Vital statistics of India. Vol. IV, Annual returns from 1871 to 1876. British Army of India, Native Army and jails of Bengal
Year: 1871
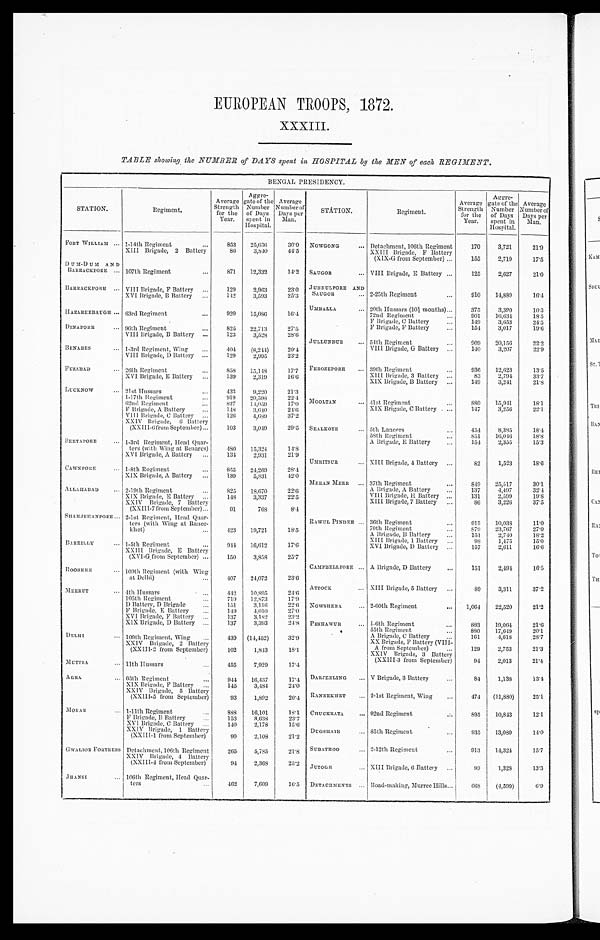
EUROPEAN TROOPS, 1872.
XXXIII.
TABLE showing the NUMBER of DAYS spent in HOSPITAL by the MEN of each REGIMENT.
BENGAL PRESIDENCY.
STATION.
R e g i m e n t .
Average
Strength
for the
Year.
Aggre-
gate of the
Number
of Days
spent in
Hospital.
Average
Number of
Days per
Man.
FORT WILLIAM ... 1-14th Regiment
...
853
25,636
3 0 . 0
XIII Brigade, 2 Battery
86
3,840
4 4 . 5
DUM-DUM AND
BA RRACKPORE . . . 107th Regiment
...
871
12,332
14.2
BARRACKPORE ... VIII Brigade, F Battery ...
129
2,963
23.0
XVI Brigade, B Battery ...
1 4 2
3,593
25.3
HAZAREEBAUGH ... 63rd Regiment
...
920 15,086
1 6 . 4
DINAPORE
... 96th Regiment ...
825 22,713
27.5
VIII Brigade, B Battery ...
123
3,528
28.6
BENARES
... 1-3rd Regiment, Wing ...
404
(8,244)
20.4
VIII Brigade, D Battery ...
129
2,995
23.2
FYZABAD ... 26th Regiment ...
858
15,148
1 7 . 7
XVI Brigade, E Battery ...
139
2,319
16.6
LUCKNOW
. . . 21st Hussars ...
433
9,220
21.3
1-17th Regiment ...
919
20,598
22.4
62nd Regiment
...
827
14,059
17.0
F Brigade, A Battery ...
148
3,640
24.6
VIII Brigade, C Battery ...
1 2 6
4,689
37.2
XXIV Brigade, 6 Battery
(XXIII-6 from September) ...
103
3 , 0 4 9
29.5
SEETAPORE
. . . 1-3rd Regiment, Head Quar-
t e r s ( w i t h W i n g a t B e n a r e s )
480
15,324
1 4 . 8
XVI Brigade, A Battery ...
134
2,931
21.9
CAWNPORE
... 1-8th Regiment
...
855 24,269
28.4
XIX Brigade, A Battery ...
139
5,831
42.0
ALLAHABAD
... 2-19th Regiment
...
825 18,670
22.6
XIX Brigade, E Battery ...
148
3,337
22.5
XXIV Brigade, 7 Battery
(XXIII-7 from September) ...
91
7 6 8
8.4
SHAHJEHANPORE ... 2-1st Regiment, Head Quar-
ters (with Wing at Rance-
khet)
...
423
19,721
18.5
BAREILLY
. . . 1-5th Regiment
...
944 16,612
17.6
XXIII Brigade,
E B a t t e r y
(XVI-G from September) ...
150
3,858
25.7
ROORKEE
. . . 109th Regiment (with Wing
at Delhi)
...
407
24,072
23.6
MEERUT
. . . 4th Hussars
...
442 10,895 ,
24.6
105th Regiment
...
719
12,873
17.9
D Battery, D Brigade
...
151
3,116
2 2 . 6
F Brigade,
E B a t t e r y
. . .
149
4,010
27.0
XVI Brigade, F Battery ...
137
3,182
23.2
XIX Brigade, D Battery ...
137
3,393
2 4 . 8
DELHI
. . . 109th Regiment, Wing ...
439 (14,452)
32.9
XXIV Brigade, 2 Bat tery
(XXIII-2 from September)
102
1,843
18.1
MUTTRA
. . . 11th Hussars
...
455
7,929
17.4
AGRA
. . . 65th Regiment
...
9 4 4
16,437
1 7 . 4
XIX Brigade, F Battery ...
145
3,484
2 4 . 0
XXIV Brigade, 5 Batt ery
(XXIII-5 from September)
93
1,892
20.4
MORAR
... 1-11th Regiment
...
888
1 6 , 1 0 1
1 8 . 1
F Brigade, B Battery . . .
153
3,633
23.7
XVI Brigade, C Battery ...
140
2,178
15.6
XXIV Brigade, 1 Battery
(XXIII-1 from September)
99
2,108
21.2
GWALIOR FORTRESS Detachment, 106th Regiment
265
5,785
21.8
XXIV Brigade, 4 Battery
(XXIII-4 from September)
94
2,368
25.2
J H A N S I . . .
106th Regiment, Head Quar-
ters
...
462
7,609
16.5
STÁTION.
Regiment.
Average
Strength
for the
Year.
Aggre-
gate of the
Number
of Days
spent in
Hospital.
Average
Number of
Days per
Man.
NOWGONG
... Detachment, 106th Regiment
170
3,721
21.9
XXIII Brigade, F Battery
(XIX-G from September) ...
155
2,719
17.5
SAUGOR
... VIII Brigade, E Battery ...
125
2,627
21.0
JUBBULPORE AND
SAUGOR
... 2-25th Regiment ...
910
14,889
1 6 . 4
UMBALLA
... 20th Hussars (10½ months)...
375
3,390
1 0 . 3
72nd Regiment ...
901
16,634
18.5
F Brigade, C Battery ...
1 4 9
3,653
24.5
F Brigade, F Battery ...
1 5 4
3,017
19.6
JULLUNDUR
... 54th Regiment ...
909
20,156
22.2
VIII Brigade, G Battery ...
140
3,207
22.9
FEROZEPORE ... 39th Regiment ...
936
12,623
13.5
XIII Brigade, 3 Battery ...
83
2,794
33.7
XIX Brigade, B Battery ...
149
3,241
21.8
MOOLTAN
... 41st Regiment ...
880
15,941
18.1
XIX Brigade, C Battery ...
147
3,256
2 2 . 1
SEALKOTE
... 5th Lancers ...
454
8,385
18.4
58th Regiment ...
8 5 1 16,046
18.8
A Brigade,E Battery ...
154
2,355
15.3
UMRITSUR
... XIII Brigade, 4 Battery ...
82
1,523
1 8 . 6
MEEAN MEER ... 37th Regiment
...
849
25,517
30.1
A Brigade, A Battery ...
137
4,497
32.4
VIII Brigade, H Battery ...
131
2,599
19.8
XIII Brigade, 7 Battery ...
86
3,226
37.5
RAWUL PINDER ... 36th Regiment ... ...
9 1 3
1 0 , 0 3 8
11.0
70th Regiment ...
879
23,767
27.0
A Brigade, B Battery
...
154
2,740
18.2
XIII Brigade, 1 Battery ...
98
1,475
15.0
XVI Brigade, D Battery ...
157
2,611
16.6
CAMPBELLPORE ... A Brigade, D Battery
...
151
2,494
16.5
ATTOCK
... XIII Brigade, 5 Battery ...
89
3,311
37.2
NOWSHERA
... 2-60th Regiment
... 1,064
22,520
21.2
PESHAWUR
... 1-6th Regiment ...
8 8 3 19,064
2 1 . 6
5 5 t h R e g i m e n t . . .
8 8 0 17,649
20.1
A Brigade, C Battery ...
161
4,618
2 8 . 7
XX Brigade, F Battery (VIII
-A from September)
129
2,753
21.3
XXIV Brigade, 3 Battery
(XXIII-3 from September)
94
2,013
21.4
DARJEELING ... V Brigade, 3 Battery ...
84
1,138
13.4
R A N E E K H E T . . .
2-lst Regiment, Wing ...
474 (11,880)
25.1
CHUCKRATA
... 92nd Regiment ...
895
10,843
12.1
DUGSHAIE
... 85th Regiment
...
935
13,080
14.0
SUBATHOO
... 2-12th Regiment ...
913
14,324
15.7
JUTOGH
... XIII Brigade, 6 Battery ...
99
1,328
13.3
DETACHMENTS ... Road-making, Murree Hills ...
6 6 8
(4,599)
6.9